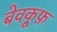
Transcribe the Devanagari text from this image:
बेवकू़फ़